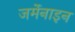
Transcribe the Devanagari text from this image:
जर्मेनाइन